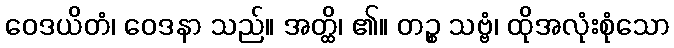
ဝေဒယိတံ၊ ဝေဒနာ သည်။ အတ္ထိ၊ ၏။ တဉ္စ သဗ္ဗံ၊ ထိုအလုံးစုံသော